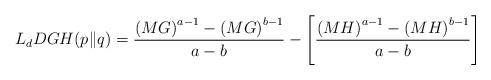
LaTeX: \begin{align*}L_{d}DGH(p\|q)=\frac{\left(MG\right)^{a-1}-\left(MG\right)^{b-1}}{a-b}-\left[\frac{\left(MH\right)^{a-1}-\left(MH\right)^{b-1}}{a-b}\right] \end{align*}